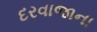
દરવાજાના